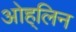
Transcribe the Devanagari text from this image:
ओह्‌लिन